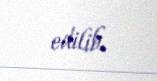
edilib.